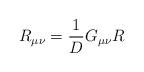
LaTeX: \begin{align*}R_{\mu\nu}=\frac{1}{D}G_{\mu\nu}R\end{align*}